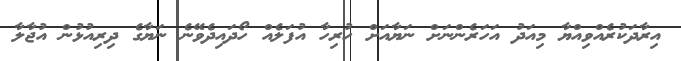
އިރާދަކުރެއްވިއްޔާ މިއަދު އަހަރެންނަށް ނަޔާއަށް ހުރިހާ އުފަލެއް ހޯދައިދެވޭނެ ނަޔާގެ ދިރިއުޅުން އުޖާލާ